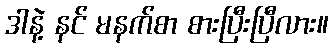
ဒါနဲ့ နင် မနက်စာ စားပြီးပြီလား။